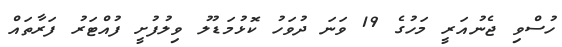
ހުސްވި ޖެނުއަރީ މަހުގެ 19 ވަނަ ދުވަހު ކޮޅުމަޑުލު ވިލުފުށީ ފުއްޓަރު ފަރާތައް